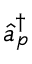
\hat { a } _ { p } ^ { \dag }